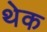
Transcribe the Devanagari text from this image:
थेक